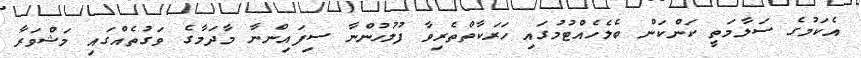
އެކަމުގެ ސަލާމަތީ ކަންކަން ބެލެހެއްޓުމުގައި ހަރަކާތްތެރިވާ ފުލުހުންނާ ސިފައިންނާ މާދަމާގެ ވަގުތެއްގައި މަޝްވަރާ